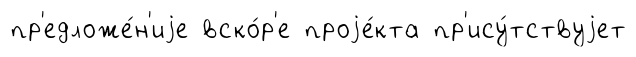
пр'едложе́н'иjе вско́р'е проjе́кта пр'ису́тствуjет